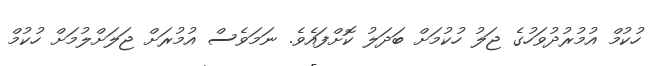
ހުކުމް އުމުރުދުވަހުގެ ޖަލު ހުކުމަށް ބަދަލު ކޮށްފައެވެ. ނަމަވެސް އުމުރަށް ޖަލަށްލުމަށް ހުކުމް